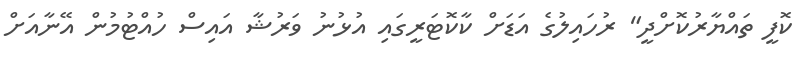
ކޮފީ ތައްޔާރުކޮށްދީ" ރުހައިލުގެ އަޑަށް ކާކޮޓަރީގައި އުޅުނު ވަރުޝާ އައިސް ހުއްޓުމުން އޭނާއަށް